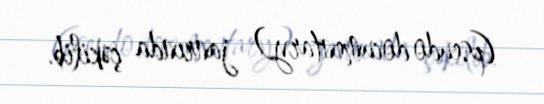
(pseudo documentary) janrında çəkilib.